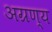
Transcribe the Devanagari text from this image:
अग्रण्य